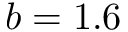
b = 1 . 6